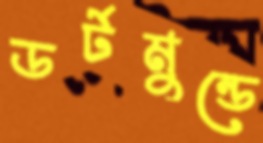
ডর্টমুন্ডে